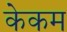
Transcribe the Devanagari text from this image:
केकम